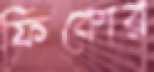
ফিকোর